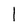
Character: l